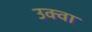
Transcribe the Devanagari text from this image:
उक्वा